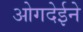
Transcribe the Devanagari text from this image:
ओगदेईने